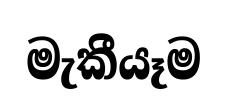
මැකීයෑම